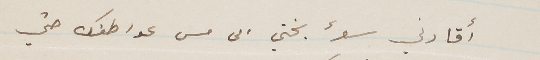
اقادني سؤ بختي الى مس عواطفك حتي